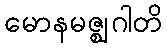
မောနမဇ္ဈဂါတိ